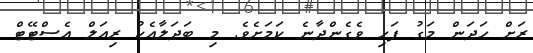
ރަށް ހަދަން މަގު ފަހި ވެގެންދާނެ ކަމަށެވެ. މި ބަދަލާއެކު ރިއަލް އެސްޓޭޓް